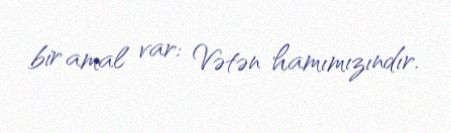
bir amal var: Vətən hamımızındır.